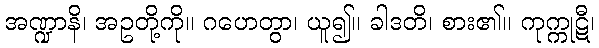
အဏ္ဍာနိ၊ အဥတို့ကို။ ဂဟေတွာ၊ ယူ၍။ ခါဒတိ၊ စား၏။ ကုက္ကုဋီ၊